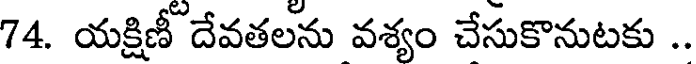
74. యక్షిణీ దేవతలను వశ్యం చేసుకొనుటకు ..